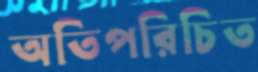
অতিপরিচিত